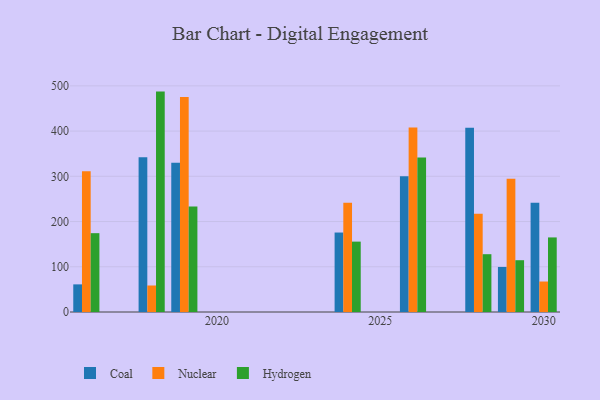
{"axis": {"x": "Year", "y": "Active Users"}, "legend": ["Coal", "Hydrogen", "Nuclear"], "data": [{"x": "2024", "y": 175.7, "type": "Coal"}, {"x": "2024", "y": 241.5, "type": "Nuclear"}, {"x": "2024", "y": 155.6, "type": "Hydrogen"}, {"x": "2028", "y": 407.3, "type": "Coal"}, {"x": "2028", "y": 217.5, "type": "Nuclear"}, {"x": "2028", "y": 127.8, "type": "Hydrogen"}, {"x": "2016", "y": 61.1, "type": "Coal"}, {"x": "2016", "y": 311.0, "type": "Nuclear"}, {"x": "2016", "y": 174.3, "type": "Hydrogen"}, {"x": "2019", "y": 329.9, "type": "Coal"}, {"x": "2019", "y": 475.2, "type": "Nuclear"}, {"x": "2019", "y": 233.0, "type": "Hydrogen"}, {"x": "2018", "y": 342.1, "type": "Coal"}, {"x": "2018", "y": 58.6, "type": "Nuclear"}, {"x": "2018", "y": 487.3, "type": "Hydrogen"}, {"x": "2029", "y": 99.6, "type": "Coal"}, {"x": "2029", "y": 294.5, "type": "Nuclear"}, {"x": "2029", "y": 114.5, "type": "Hydrogen"}, {"x": "2030", "y": 241.6, "type": "Coal"}, {"x": "2030", "y": 67.4, "type": "Nuclear"}, {"x": "2030", "y": 164.9, "type": "Hydrogen"}, {"x": "2026", "y": 300.1, "type": "Coal"}, {"x": "2026", "y": 407.8, "type": "Nuclear"}, {"x": "2026", "y": 341.7, "type": "Hydrogen"}]}